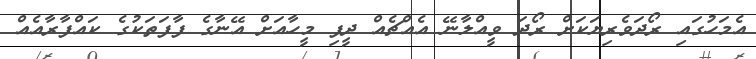
އެމަހުގައި ރޯދަވެރިޔަކަށް ރޯދަ ވީއްލާނޭ އެއްޗެއް ދީފި މީހާއަށް އޭނާގެ ފާފަތަކުގެ ކައްފާރާއެއް